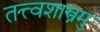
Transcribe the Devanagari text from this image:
तत्त्वशास्त्रमु